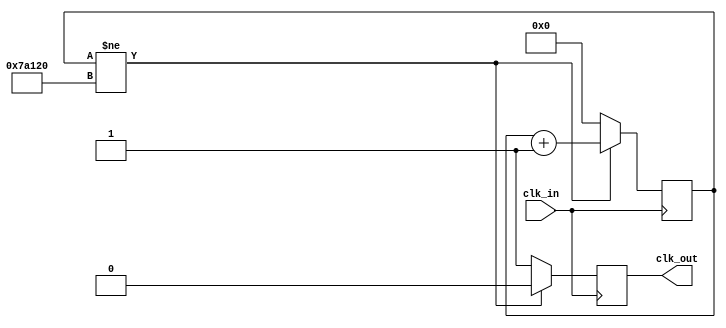
`timescale 1ns / 1ps
//////////////////////////////////////////////////////////////////////////////////
// Company: 
// Engineer: 
// 
// Design Name: 
// Module Name: slowClock
// Project Name: 
// Target Devices: 
// Tool Versions: 
// Description: 
// 
// Dependencies: 
// 
// Revision:
// Revision 0.01 - File Created
// Additional Comments:
// 
//////////////////////////////////////////////////////////////////////////////////


module slowClock(
    input clk_in,
    output reg clk_out
    );
    reg [20:0] period_count = 0;
    always @ (posedge clk_in)
        if (period_count!= 500000)
        begin
        period_count= period_count + 1;
        clk_out = 0; //clk_out gets 0.
        end
    else
    begin
        period_count = 0;
        clk_out = 1;
        end
endmodule